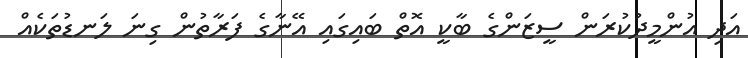
އަދި އުންމީދުކުރަން ސީޒަންގެ ބާކީ އޮތް ބައިގައި އޭނާގެ ފަރާތުން ގިނަ ލަނޑުތަކެއް